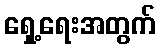
ရှေ့ရေးအတွက်